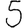
Digit: 5